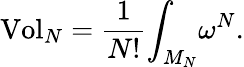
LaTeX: \mathrm{{Vol}}_{N}=\frac{1}{N!}{\int}_{M_{N}}\omega^{N}.